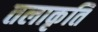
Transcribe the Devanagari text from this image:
तलाकृति